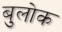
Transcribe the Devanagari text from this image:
बुलोक